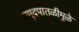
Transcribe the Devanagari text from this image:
समुद्रपातळीमुळे